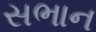
સભાન